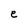
Character: e